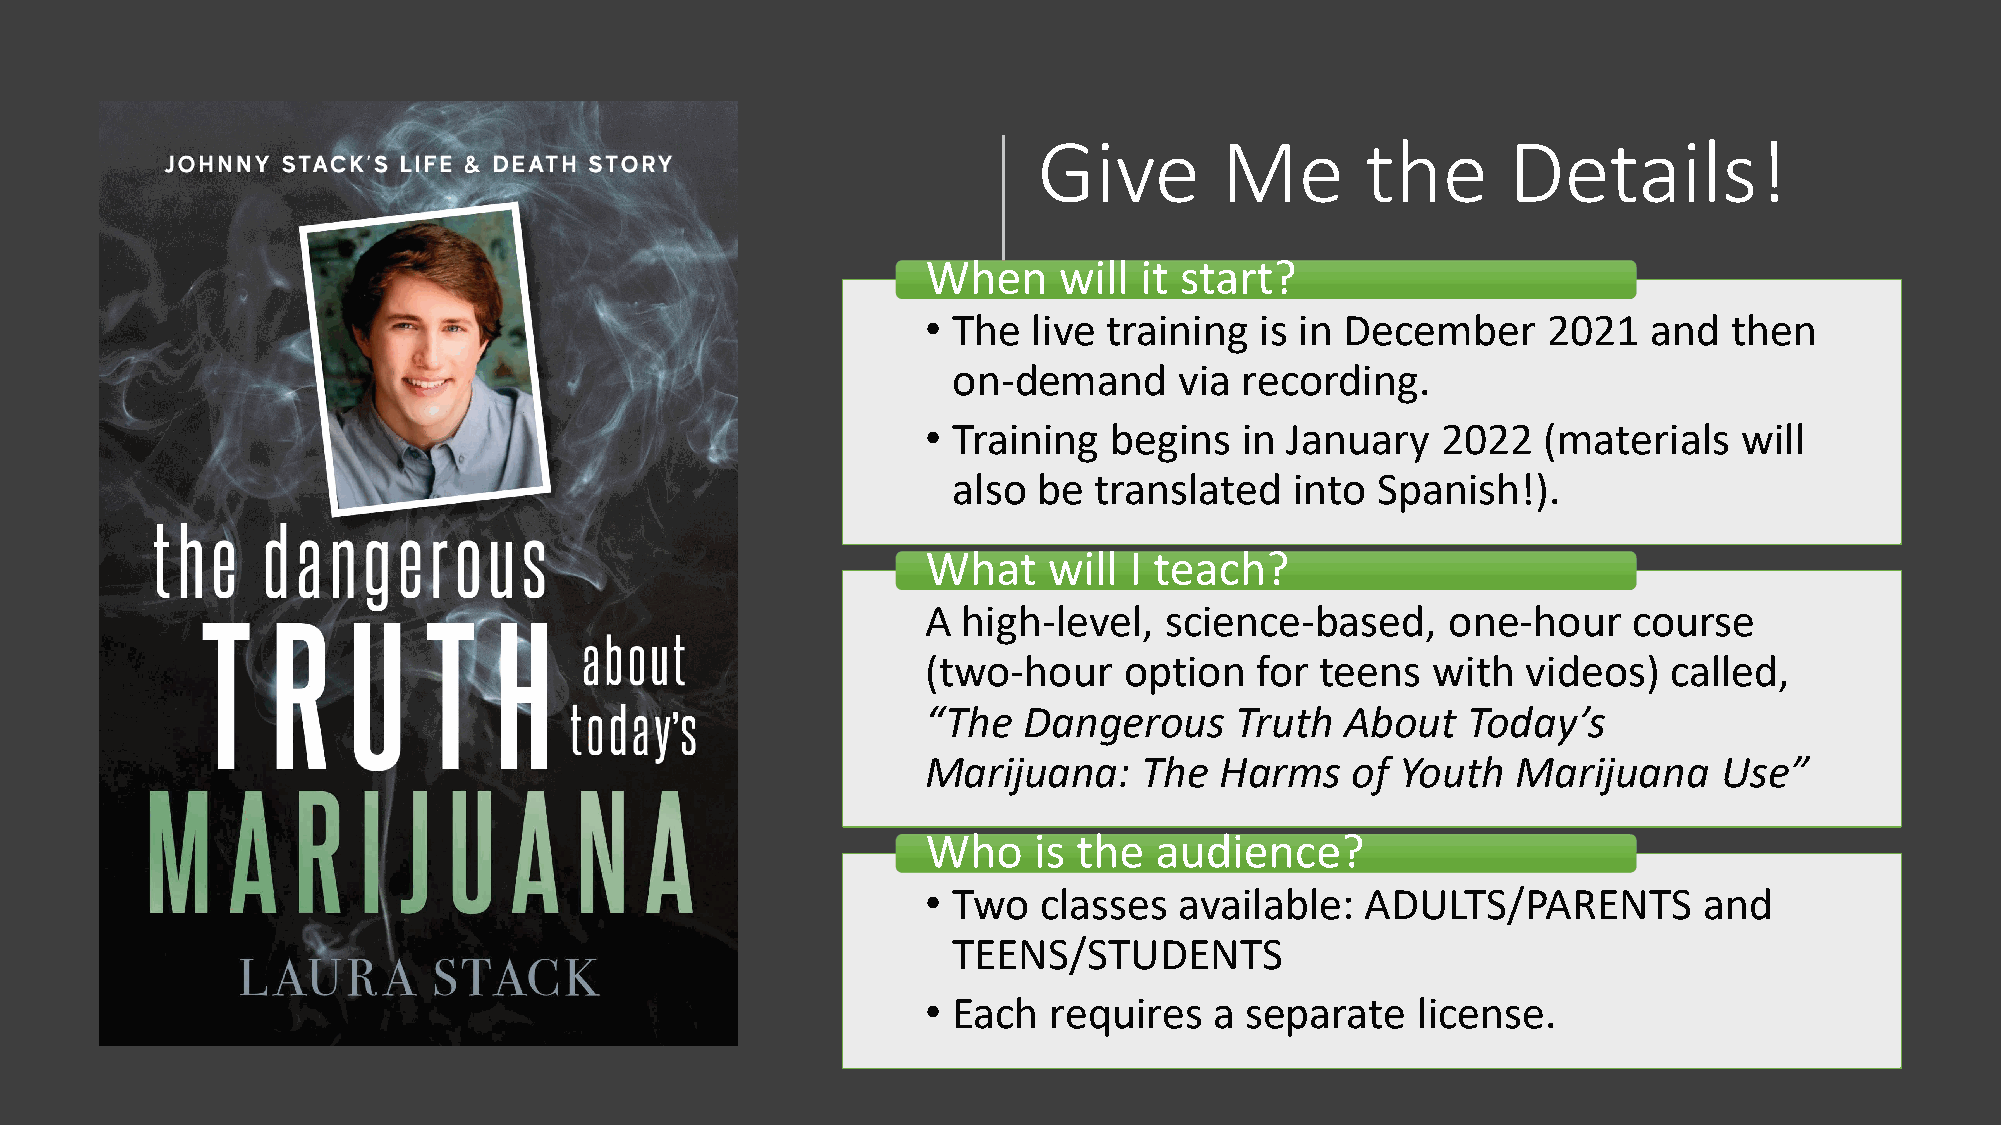
Give        Me       the       Details!
 When     will it start?
 • The  live training  is in December     2021   and   then
 on-demand      via recording.
 • Training  begins   in January   2022   (materials   will
 also  be translated    into Spanish!).
 What    will  I teach?
 A  high-level,  science-based,     one-hour    course
 (two-hour    option   for teens   with  videos)   called,
 “The   Dangerous     Truth  About   Today’s
 Marijuana:     The  Harms   of  Youth  Marijuana     Use”
 Who    is the  audience?
 • Two   classes  available:  ADULTS/PARENTS         and
 TEENS/STUDENTS
 • Each  requires   a separate    license.